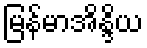
မြန်မာအိန္ဒိယ